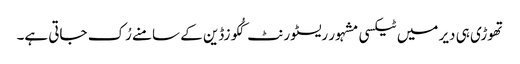
تھوڑی ہی دیر میں ٹیکسی مشہور ریسٹورنٹ کُکوزڈین کے سامنے رُک جاتی ہے۔